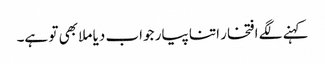
کہنے لگے افتخار اتنا پیار جواب دیا ملا بھی تو ہے۔